Civil Veterinary Dept. Bombay admin report 1923-31 - 1923-1931
Year: 1923
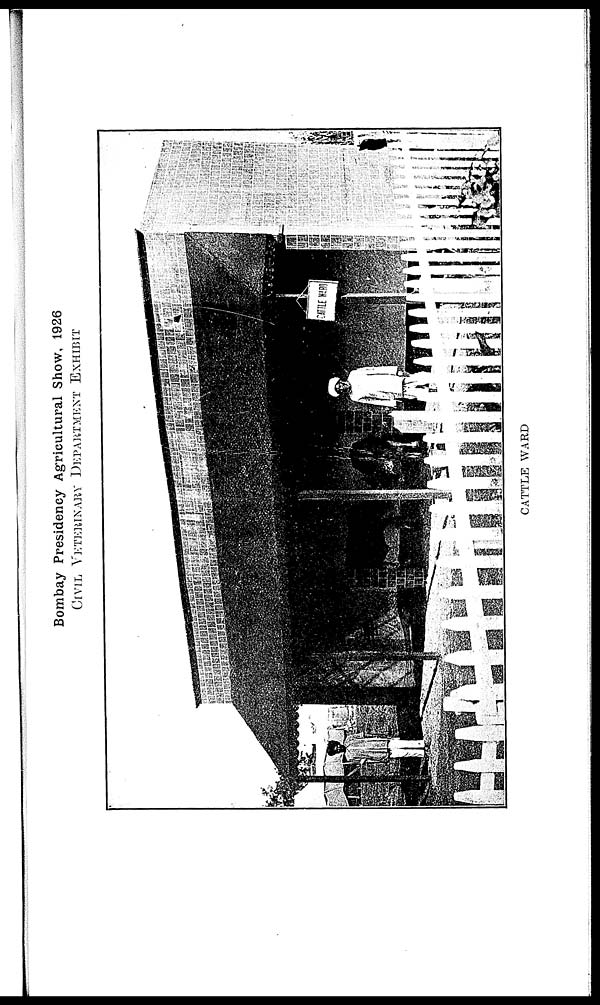
Bombay Presidency Agricultural Show, 1926
CIVIL VETERINARY DEPARTMENT EXHIBIT
CATTLE WARD